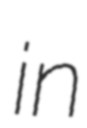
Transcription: in